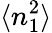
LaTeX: \langle n_{1}^{2}\rangle